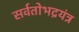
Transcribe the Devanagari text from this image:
सर्वतोभद्रयंत्र